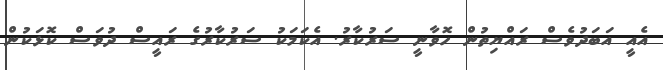
އެއީ އަބަދުވެސް ރައްޔިތުން ހޮވާނީ ސަރުކާރު. އެކަމަކު ސަރުކާރުގެ ރައީސް ދުވަސް ކޮޅަކުން